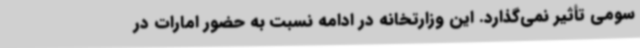
سومی تأثیر نمی‌گذارد. این وزارتخانه در ادامه نسبت به حضور امارات در